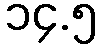
၁၄.၅